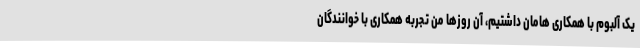
یک آلبوم با همکاری هامان داشتیم، آن روزها من تجربه همکاری با خوانندگان